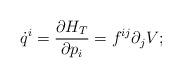
LaTeX: \begin{align*}\dot{q}^i = \frac{\partial H_T}{\partial p_i} = f^{ij} \partial_j V;\end{align*}